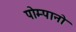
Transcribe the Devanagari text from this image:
पोम्पानो